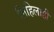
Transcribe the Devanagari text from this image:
लिहिलाही